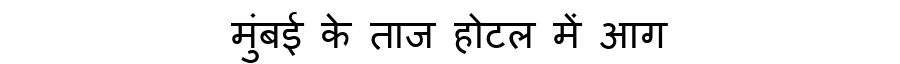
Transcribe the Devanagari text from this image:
मुंबई के ताज होटल में आग